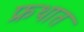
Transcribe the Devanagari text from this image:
फ्रथात